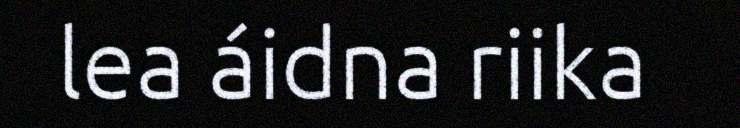
lea áidna riika